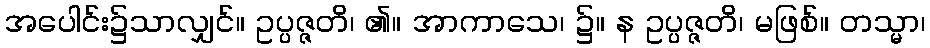
အပေါင်း၌သာလျှင်။ ဥပ္ပဇ္ဇတိ၊ ၏။ အာကာသေ၊ ၌။ န ဥပ္ပဇ္ဇတိ၊ မဖြစ်။ တသ္မာ၊